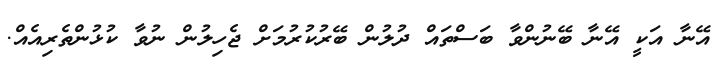
އޭނާ އަކީ އޭނާ ބޭނުންވާ ބަސްތައް ދުލުން ބޭރުކުރުމަށް ޖެހިލުން ނުވާ ކުޅުންތެރިއެއް.